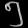
Digit: ၅